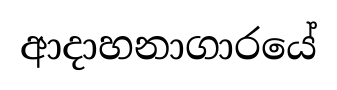
ආදාහනාගාරයේ